Lunatic asylums Central Provinces reports 1886-1894 - 1886-1894
Year: 1886
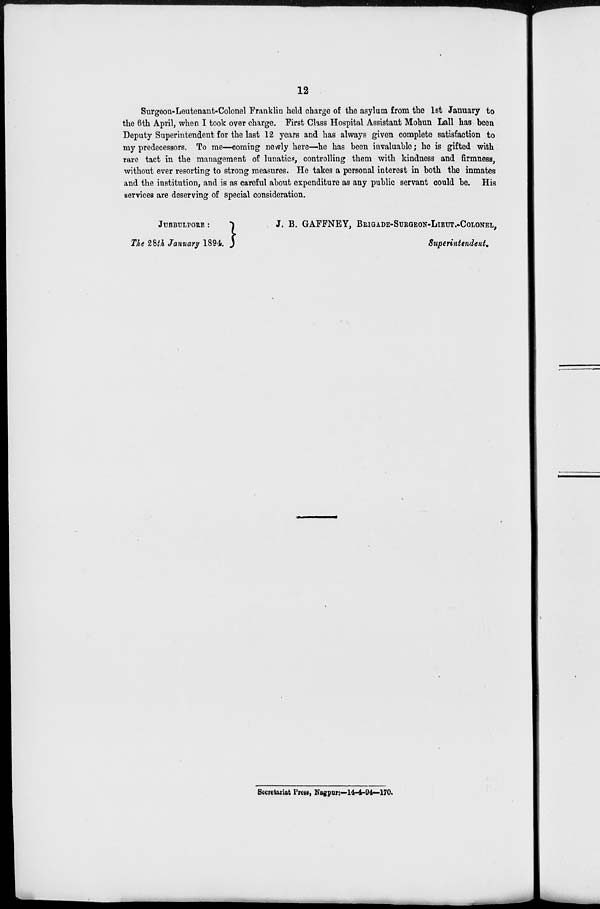
12
Surgeon-Leutenant-Colonel Franklin held charge of the asylum from the 1st January to
the 6th April, when I took over charge. First Class Hospital Assistant Mohun Lall has been
Deputy Superintendent for the last 12 years and has always given complete satisfaction to
my predecessors. To me—coming newly here—he has been invaluable; he is gifted with
rare tact in the management of lunatics, controlling them with kindness and firmness,
without ever resorting to strong measures. He takes a personal interest in both the inmates
and the institution, and is as careful about expenditure as any public servant could be. His
services are deserving of special consideration.
JUBBULPORE :
The 28th January 1894.
J. B. GAFFNEY, BRIGADE-SURGEON-LIEUT.—COLONEL,
Superintendent.
Secretariat Press, Nagpur:—14—4—94—170.